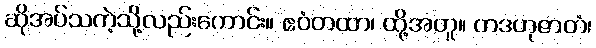
ဆိုအပ်သကဲ့သို့လည်းကောင်း။ ဧဝံတထာ၊ ထို့အတူ။ တဒဟုဇာတံ၊